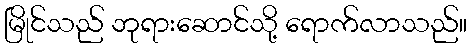
မြိုင်သည် ဘုရားဆောင်သို့ ရောက်လာသည်။